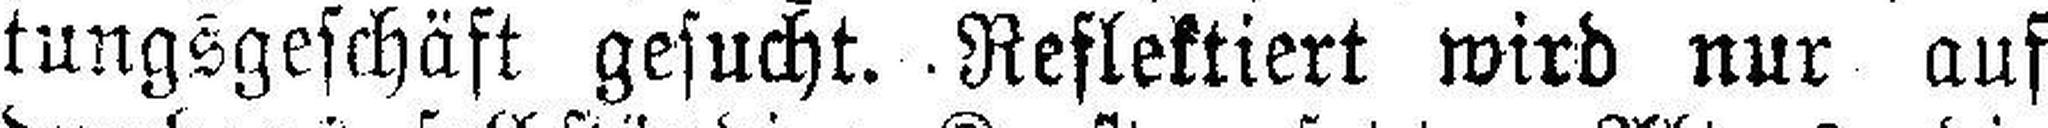
tungsgeschäft gesucht. Reflektiert wird nur auf